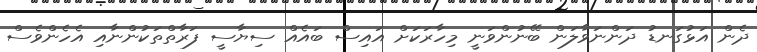
ދެން އަޅުގަނޑު ދަންނަވާލަން ބޭނުންވަނީ މިހާރަކަށް އައިސް ބައެއް ސިޔާސީ ފަރާތްތަކުންނާއި އެހެންވެސް